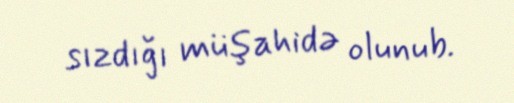
sızdığı müşahidə olunub.